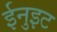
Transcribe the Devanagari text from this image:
ईनुइट